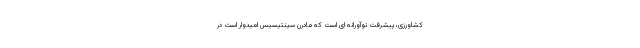
کشاورزی، پیشرفت نوآورانه ای است که مادرن سینتیسیس امیدوار است در